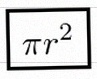
\pi r^2